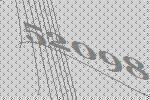
52098